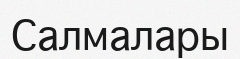
Салмалары